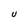
Character: U